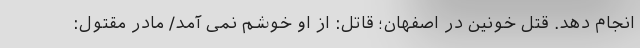
انجام دهد. قتل خونین در اصفهان؛ قاتل: از او خوشم نمی آمد/ مادر مقتول: